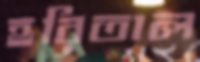
হরিতাল